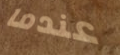
عندما